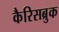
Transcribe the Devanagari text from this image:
कैरिसब्रुक